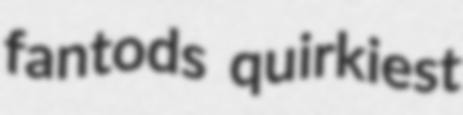
fantods quirkiest